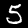
Label: 5